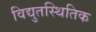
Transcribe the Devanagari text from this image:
विद्युतस्थितिक